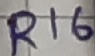
Text: R16